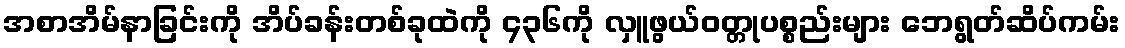
အစာအိမ်နာခြင်းကို အိပ်ခန်းတစ်ခုထဲကို ၄၃၆ကို လှူဖွယ်ဝတ္တုပစ္စည်းများ ဘေရွတ်ဆိပ်ကမ်း